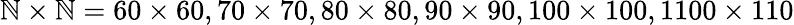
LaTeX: \mathbb{N}\times\mathbb{N}=60\times60,70\times70,80\times80,90\times90,100\times100,1100\times110